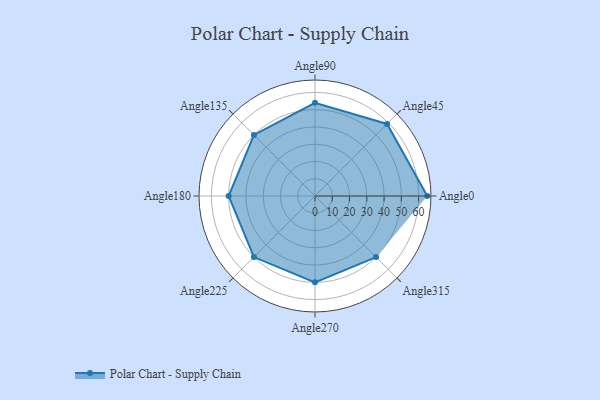
{"axis": {"x": "Angle", "y": "Radius"}, "legend": [""], "data": [{"x": "Angle0", "y": 65.0, "type": ""}, {"x": "Angle45", "y": 59.0, "type": ""}, {"x": "Angle90", "y": 54.0, "type": ""}, {"x": "Angle135", "y": 50, "type": ""}, {"x": "Angle180", "y": 50, "type": ""}, {"x": "Angle225", "y": 50, "type": ""}, {"x": "Angle270", "y": 50, "type": ""}, {"x": "Angle315", "y": 50, "type": ""}]}